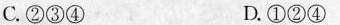
C. ②③④ D. ①②④